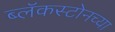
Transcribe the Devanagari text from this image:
ब्लॅकस्टोनच्या